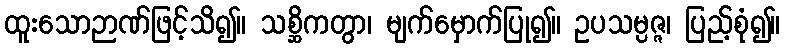
ထူးသောဉာဏ်ဖြင့်သိ၍။ သစ္ဆိကတွာ၊ မျက်မှောက်ပြု၍။ ဥပသမ္ပဇ္ဇ၊ ပြည့်စုံ၍။